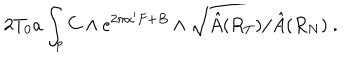
2 T _ { 0 } a \int _ { p } C \wedge \mathrm { e } ^ { 2 \pi \alpha ^ { \prime } F + B } \wedge \sqrt { \hat { A } ( R _ { T } ) / \hat { A } ( R _ { N } ) } ~ .